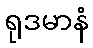
ရုဒမာနံ